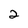
Character: 2